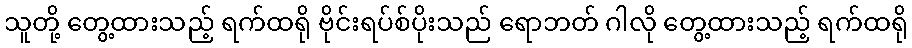
သူတို့ တွေ့ထားသည့် ရက်ထရို ဗိုင်းရပ်စ်ပိုးသည် ရောဘတ် ဂါလို တွေ့ထားသည့် ရက်ထရို